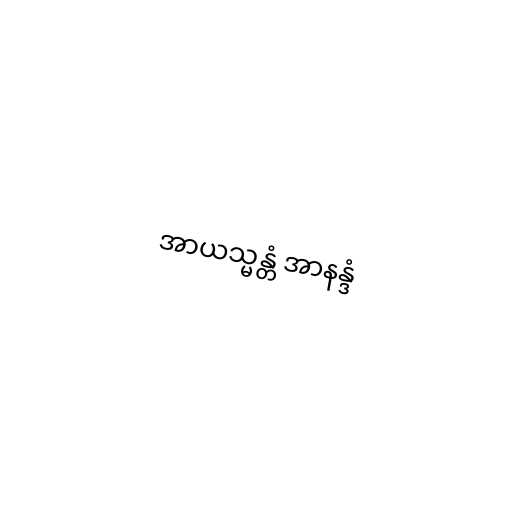
အာယသ္မန္တံ အာနန္ဒံ